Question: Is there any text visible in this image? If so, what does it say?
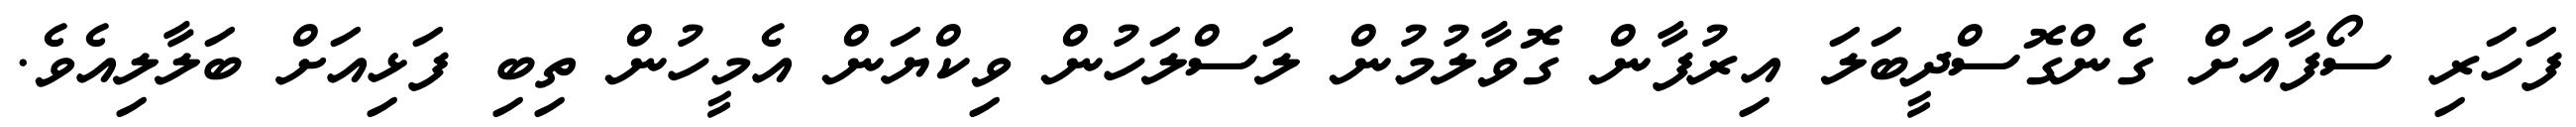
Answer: ފަހަރި ސޯފާއަށް ގެންގޮސްދީބަލަ އިރުފާން ގޮވާލުމުން ލަސްލަހުން ވިކްޔަން އެމީހުން ތިބި ފަޅިއަށް ބަލާލިއެވެ.